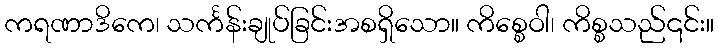
ကရဏာဒိကေ၊ သင်္ကန်းချုပ်ခြင်းအစရှိသော။ ကိစ္စေဝါ၊ ကိစ္စသည်၎င်း။